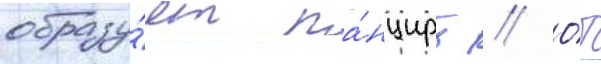
образу́ет па́нцирь // О́т